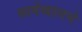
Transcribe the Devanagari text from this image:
छायेखालचे